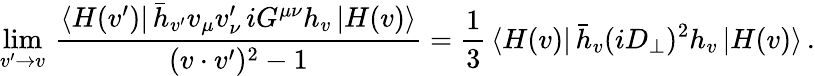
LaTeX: \operatorname*{lim}_{v^{\prime}\to v}\, \frac{\langle H(v^{\prime})|\, \bar{h}_{v^{\prime}}v_{\mu}v_{\nu}^{\prime}\, iG^{\mu\nu}h_{v}\, |H(v)\rangle}{(v\cdot v^{\prime})^{2}-1}=\frac 13\, \langle H(v)|\, \bar{h}_{v}(iD_{\perp})^{2}h_{v}\, |H(v)\rangle\, .